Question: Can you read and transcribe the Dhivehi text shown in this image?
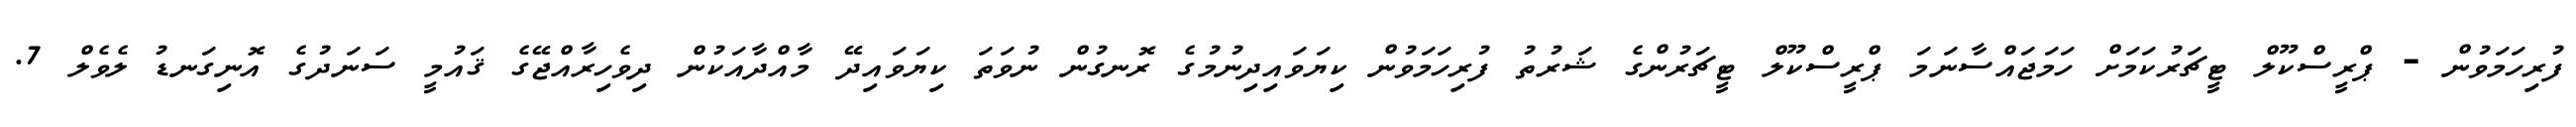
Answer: ފުރިހަމަވުން - ޕްރީސްކޫލް ޓީޗަރުކަމަށް ހަމަޖައްސާނަމަ ޕްރީސްކޫލް ޓީޗަރުންގެ ޝަރުތު ފުރިހަމަވުން ކިޔަވައިދިނުމުގެ ރޮނގުން ނުވަތަ ކިޔަވައިދޭ މާއްދާއަކުން ދިވެހިރާއްޖޭގެ ޤައުމީ ސަނަދުގެ އޮނިގަނޑު ލެވެލް 7.